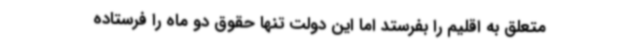
متعلق به اقلیم را بفرستد اما این دولت تنها حقوق دو ماه را فرستاده